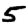
Digit: 5